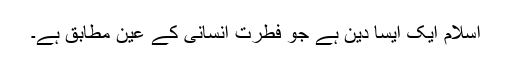
اسلام ایک ایسا دین ہے جو فطرت اِنسانی کے عین مطابق ہے۔